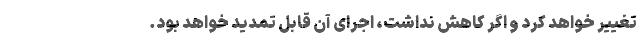
تغییر خواهد کرد و اگر کاهش نداشت، اجرای آن قابل تمدید خواهد بود.